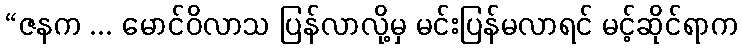
“ဇနက ... မောင်ဝိလာသ ပြန်လာလို့မှ မင်းပြန်မလာရင် မင့်ဆိုင်ရာက